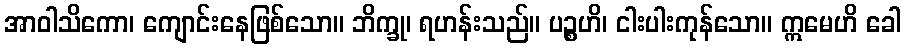
အာဝါသိကော၊ ကျောင်းနေဖြစ်သော။ ဘိက္ခု၊ ရဟန်းသည်။ ပဉ္စဟိ၊ ငါးပါးကုန်သော။ ဣမေဟိ ခေါ